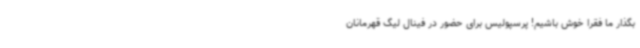
بگذار ما فقرا خوش باشیم! پرسپولیس برای حضور در فینال لیگ قهرمانان